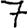
Digit: 7